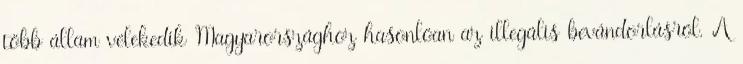
több állam vélekedik Magyarországhoz hasonlóan az illegális bevándorlásról. A